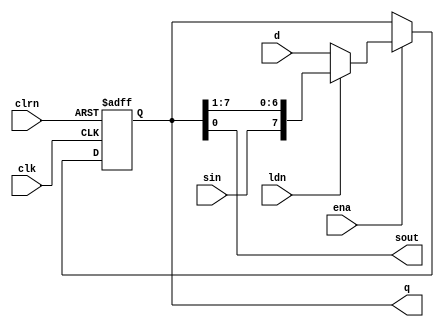
module shiftreg
#(
	parameter Nbits = 8
)
(
	input clk, clrn, ena, ldn,
	input [Nbits-1:0] d,
	input sin,
	output reg [Nbits-1:0] q,
	output sout
);

assign sout = q[0];

always @(posedge clk or negedge clrn)
begin
	if (!clrn)
		q <= 0;
	else if (ena)
	begin
		if (!ldn)
			q <= d;
		else
			q <= {sin, q[Nbits-1:1]};
	end
end

endmodule